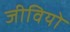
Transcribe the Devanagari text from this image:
जीवियो